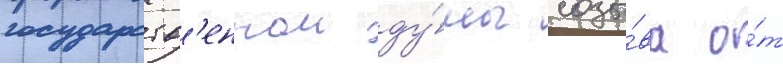
государств'еннои ду́мы созы́ва о́т